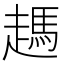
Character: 𧽙